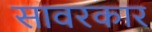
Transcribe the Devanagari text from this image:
सावरकार